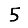
Digit: 5